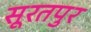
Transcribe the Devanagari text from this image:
सूरतपुर